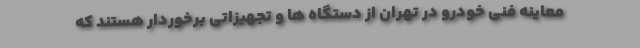
معاینه فنی خودرو در تهران از دستگاه ها و تجهیزاتی برخوردار هستند که